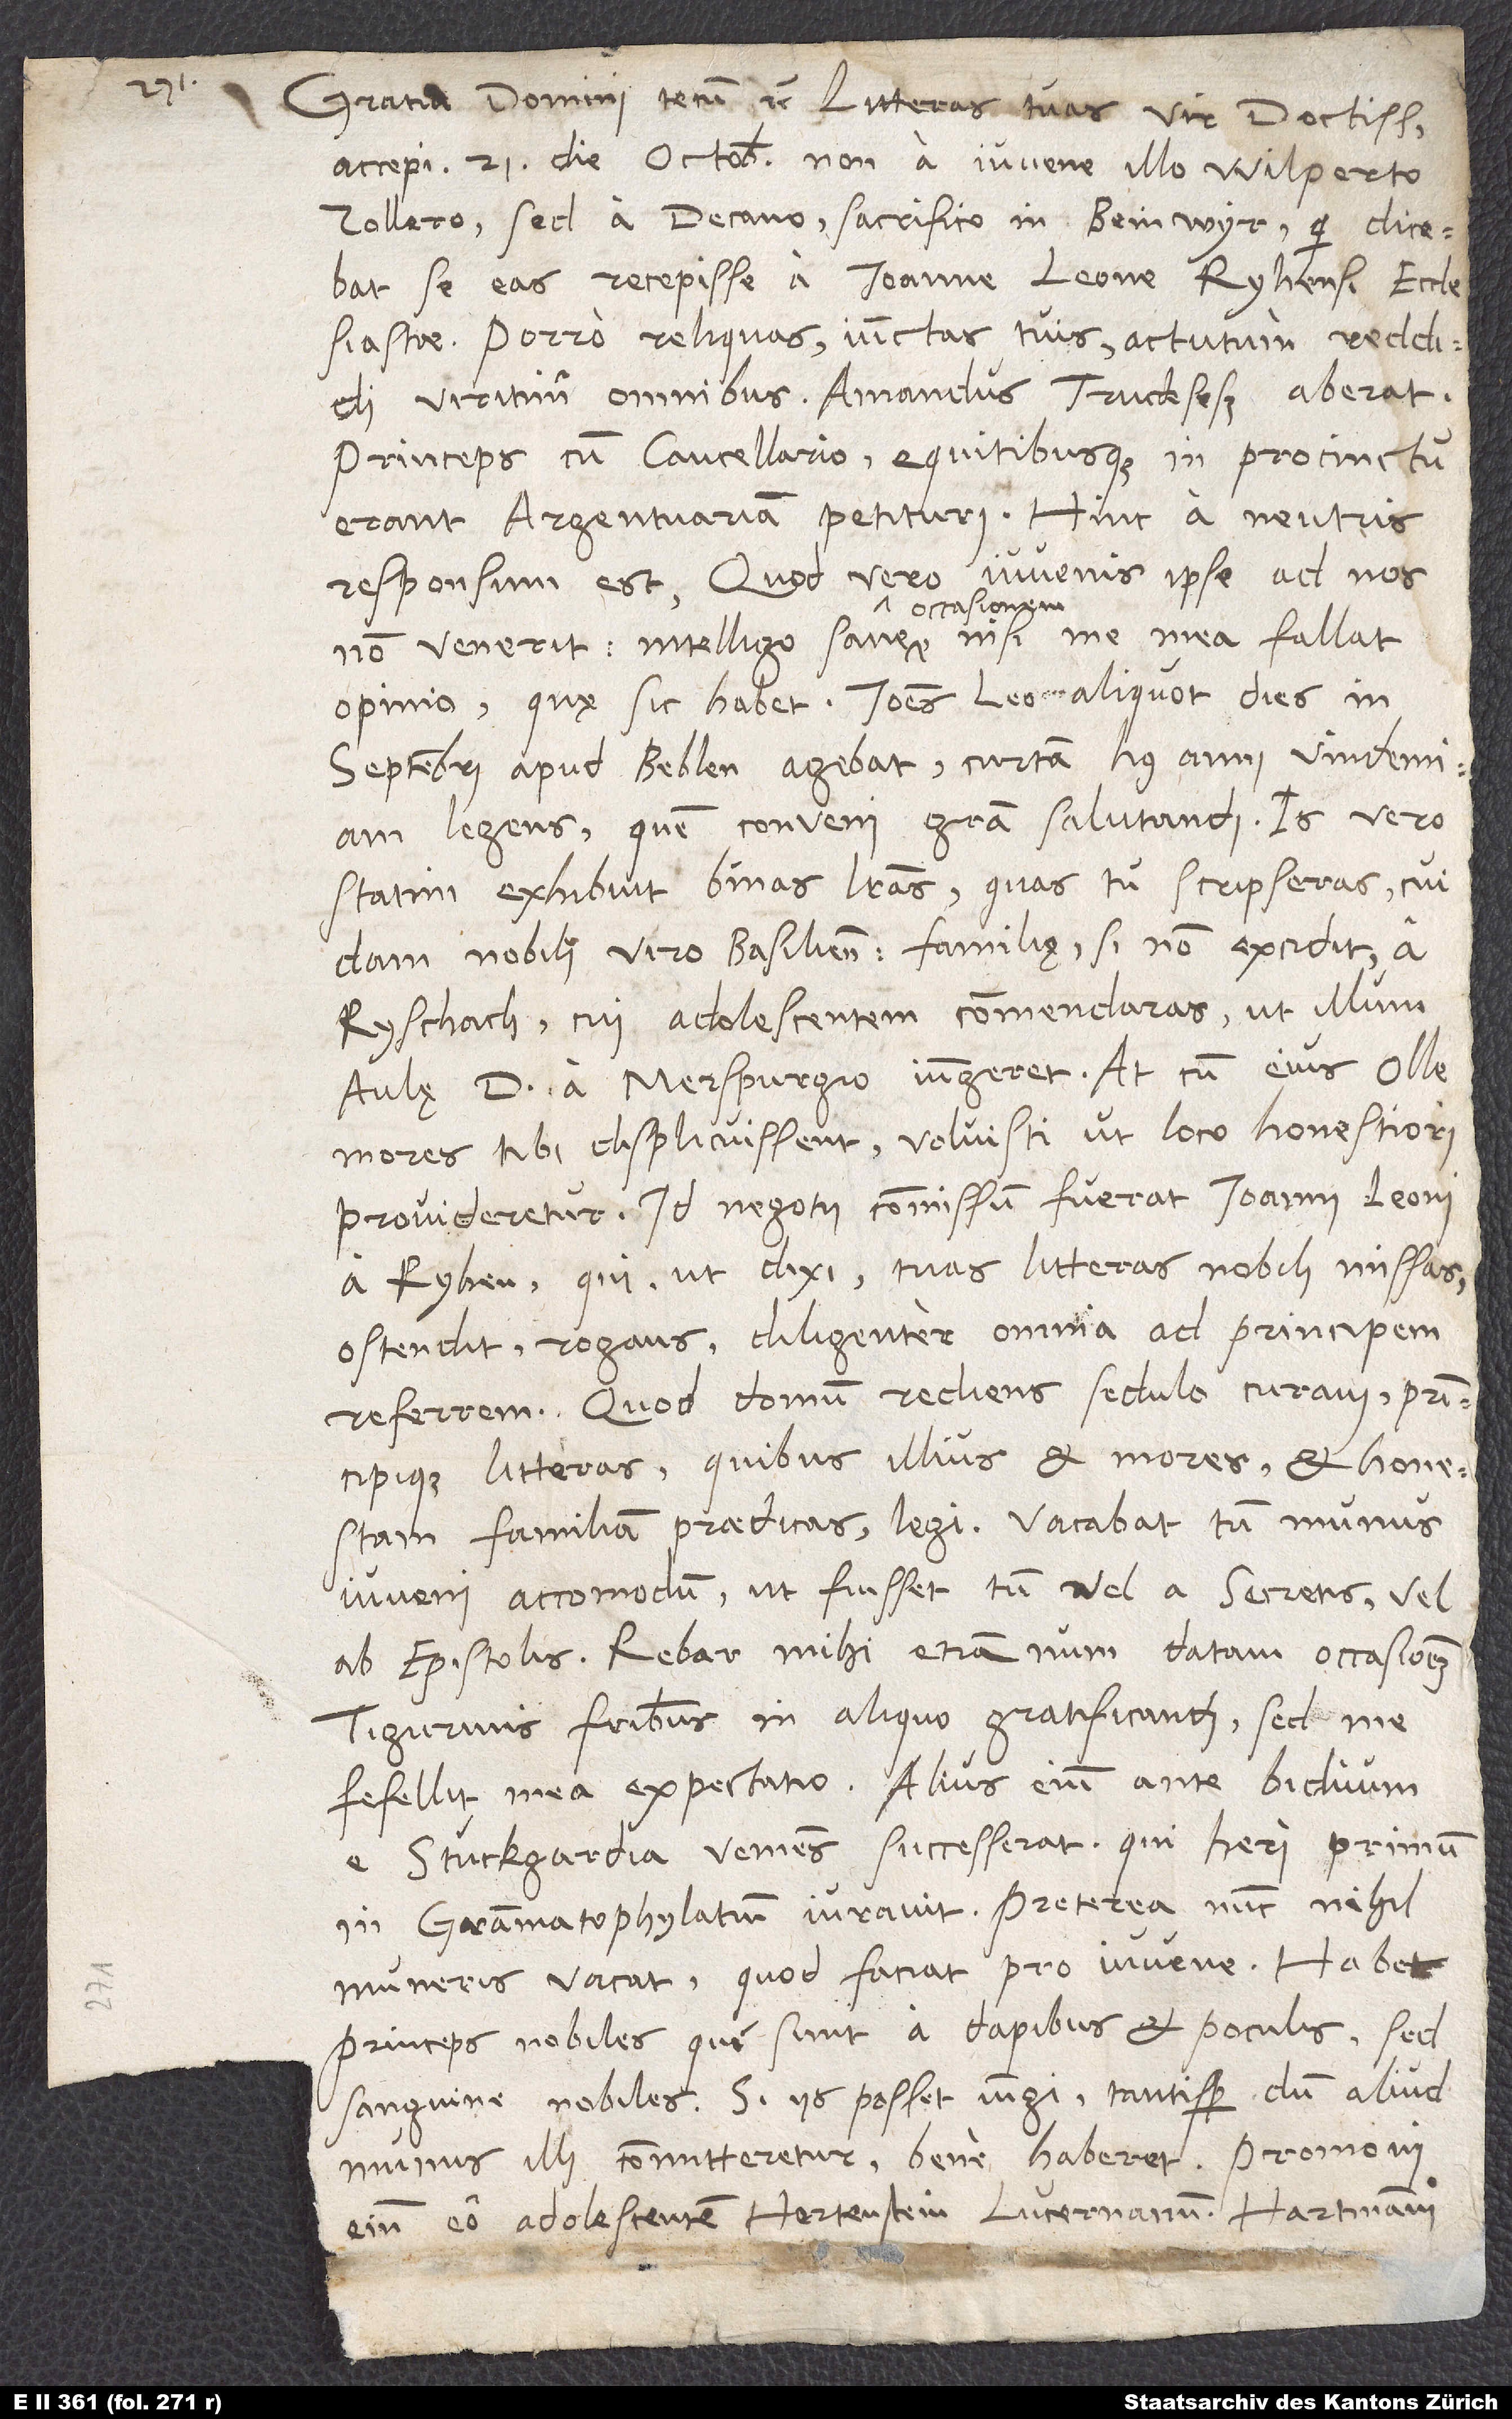
Gratia domini tecum etc. Litteras tuas, vir doctissime,
accepi 21. die octobris, non a iuveni illo Wilperto
Zollero, sed a decano, sacrifico in Beinwyr, qui dicebat
se eas recepisse a Ioanne Leone, Ryhensi ecclesiastae.
Porro reliquas iunctas tuis actutum reddidi
viritim omnibus. Amandus Truckseß aberat;
princeps cum cancellario equitibusque in procinctu
erant Argentuariam petituri. Hinc a neutris
responsum est. Quod vero iuvenis ipse ad nos
occasione
non venerit, intelligo sane occasionem, nisi me mea fallat
opinio, quę sic habet. Ioannes Leo aliquot dies in
septembri apud Beblen agebat curtam huius anni vindemiam
legens. Quem conveni gratia salutandi, is vero
statim exhibuit binas literas, quas tu scripseras cuidam
nobili viro Basiliensi, familię, si non excidit, a
Ryschach, cui adolescentem commendaras, ut illum
aulę d. a Merspurgio iungeret. At cum eius olle
mores tibi displicuissent, voluisti, ut loco honestiori
provideretur. Id negotii commissum fuerat Ioanni Leoni
a Ryhen, qui, ut dixi, tuas litteras nobili missas
ostendit rogans, diligenter omnia ad principem
referrem. Quod domum rediens sedulo curavi principique
litteras, quibus illius et mores et honestam
familiam praedicas, legi. Vacabat tum munus
iuveni accommodum, ut fuisset tum vel a secretis vel
ab epistolis. Rebar mihi etiamnum datam occasionem
Tigurinis fratribus in aliquo gratificandi, sed me
fefellit mea expectatio. Alius enim ante biduum
e Stuckgardia veniens successerat, qui heri primum
in grammatophylatium iuravit. Preterea nunc nihil
muneris vacat, quod faciat pro iuvene; habet
princeps nobiles, qui sunt a dapibus et poculis, sed
sanguine nobiles. Si iis posset iungi tantisper, dum aliud
munus illi committeretur, bene haberet; promovi
enim eo adolescentem Hertenstein Lucernanum, Hartmanni